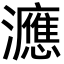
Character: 㶐